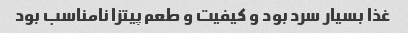
غذا بسیار سرد بود و کیفیت و طعم پیتزا نامناسب بود